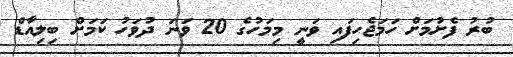
ބުރު ފެށުމަށް ހަމަޖެހިފައި ވަނީ މިމަހުގެ 20 ވަނަ ދުވަހު ކަމަށް ބިލިއާޑް